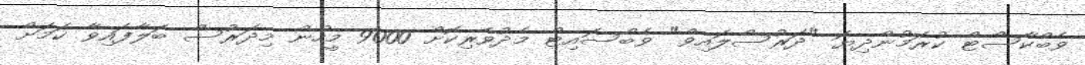
ވެބްކާސްޓް ކުރަމުންދިޔަ "ދަރުސްލައިވް" ވެބްސައިޓް މެދުވެރިކޮށް 9000 މީހުން މިދަރުސް ބަލާފައިވާ ކަމަށް